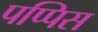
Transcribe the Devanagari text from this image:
पप्पिस